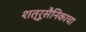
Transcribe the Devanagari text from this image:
शत्रूसैनिकाचा